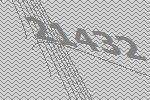
21432